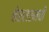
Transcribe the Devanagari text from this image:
केएलएमची